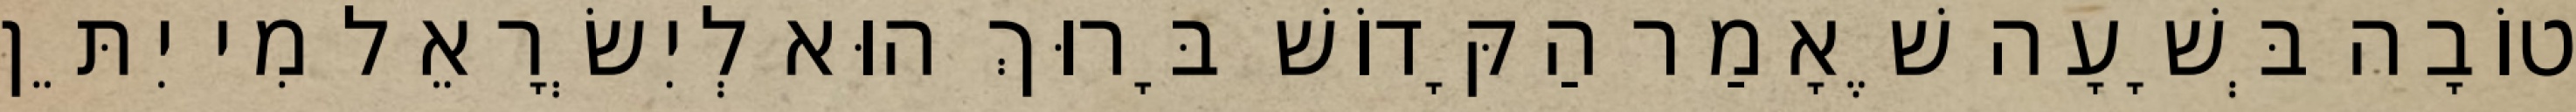
טוֹבָה בְּשָׁעָה שֶׁאָמַר הַקָּדוֹשׁ בָּרוּךְ הוּא לְיִשְׂרָאֵל מִי יִתֵּן